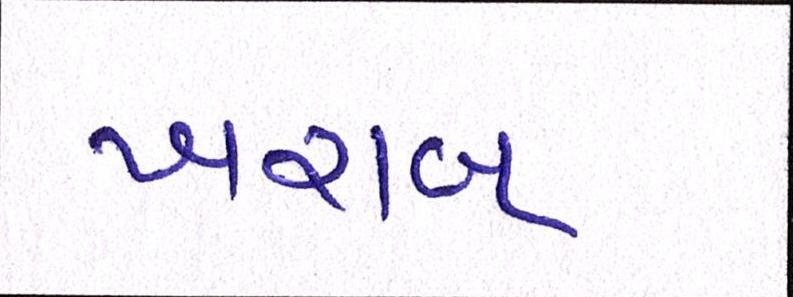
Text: ખરાબ